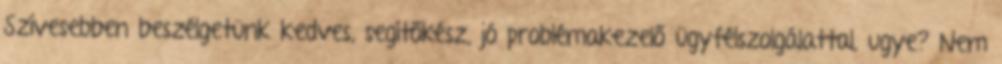
Szívesebben beszélgetünk kedves, segítőkész, jó problémakezelő ügyfélszolgálattal, ugye? Nem